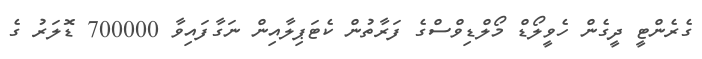
ގެރެންޓީ ދީގެން ހެވީލޯޑް މޯލްޑިވްސްގެ ފަރާތުން ކެޓަޕިލާއިން ނަގާފައިވާ 700000 ޑޮލަރު ގެ